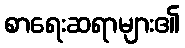
စာရေးဆရာများ၏